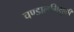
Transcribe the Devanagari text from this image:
चण्डालभिक्षुकी